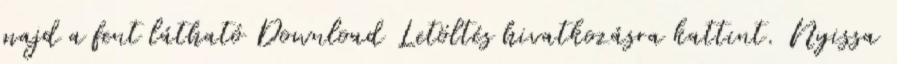
majd a fent látható Download Letöltés hivatkozásra kattint. Nyissa